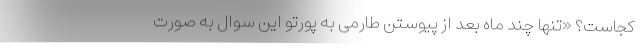
کجاست؟ «تنها چند ماه بعد از پیوستن طارمی به پورتو این سوال به‌ صورت